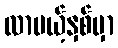
လာမယ့်နှစ်မှာ